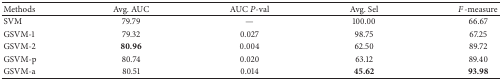
<table><thead><tr><td><b>Methods </b></td><td><b> Avg. AUC </b></td><td><b> AUC <i>P</i>-val </b></td><td><b> Avg. Sel </b></td><td><b><i>F</i>-measure</b></td></tr></thead><tbody><tr><td> SVM </td><td> 79.79 </td><td>— </td><td> 100.00 </td><td> 66.67 </td></tr><tr><td>GSVM-1 </td><td> 79.32 </td><td> 0.027 </td><td> 98.75 </td><td> 67.25 </td></tr><tr><td>GSVM-2 </td><td><b>80.96</b></td><td> 0.004 </td><td> 62.50 </td><td> 89.72 </td></tr><tr><td>GSVM-p </td><td> 80.74 </td><td> 0.020 </td><td> 63.12 </td><td> 89.40 </td></tr><tr><td>GSVM-a</td><td> 80.51 </td><td> 0.014 </td><td><b>45.62</b></td><td><b>93.98</b></td></tr></tbody></table>